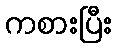
ကစားပြီး